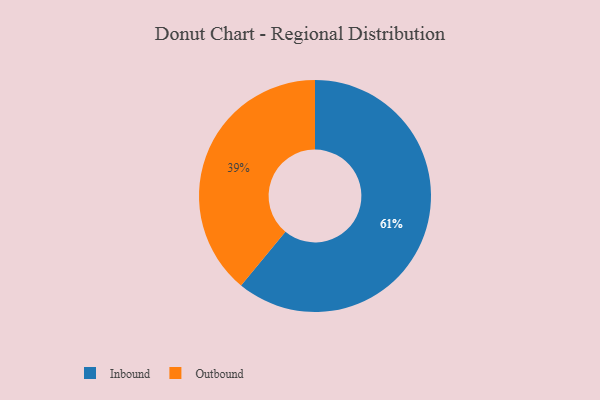
{"axis": {"x": "Category", "y": "Percentage"}, "legend": ["Inbound", "Outbound"], "data": [{"x": "Inbound", "y": 61, "type": "Inbound"}, {"x": "Outbound", "y": 39, "type": "Outbound"}]}